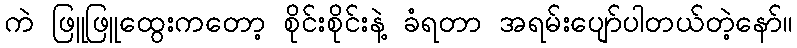
ကဲ ဖြူဖြူထွေးကတော့ စိုင်းစိုင်းနဲ့ ခံရတာ အရမ်းပျော်ပါတယ်တဲ့နော်။